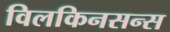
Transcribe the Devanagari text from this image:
विलकिनसन्स